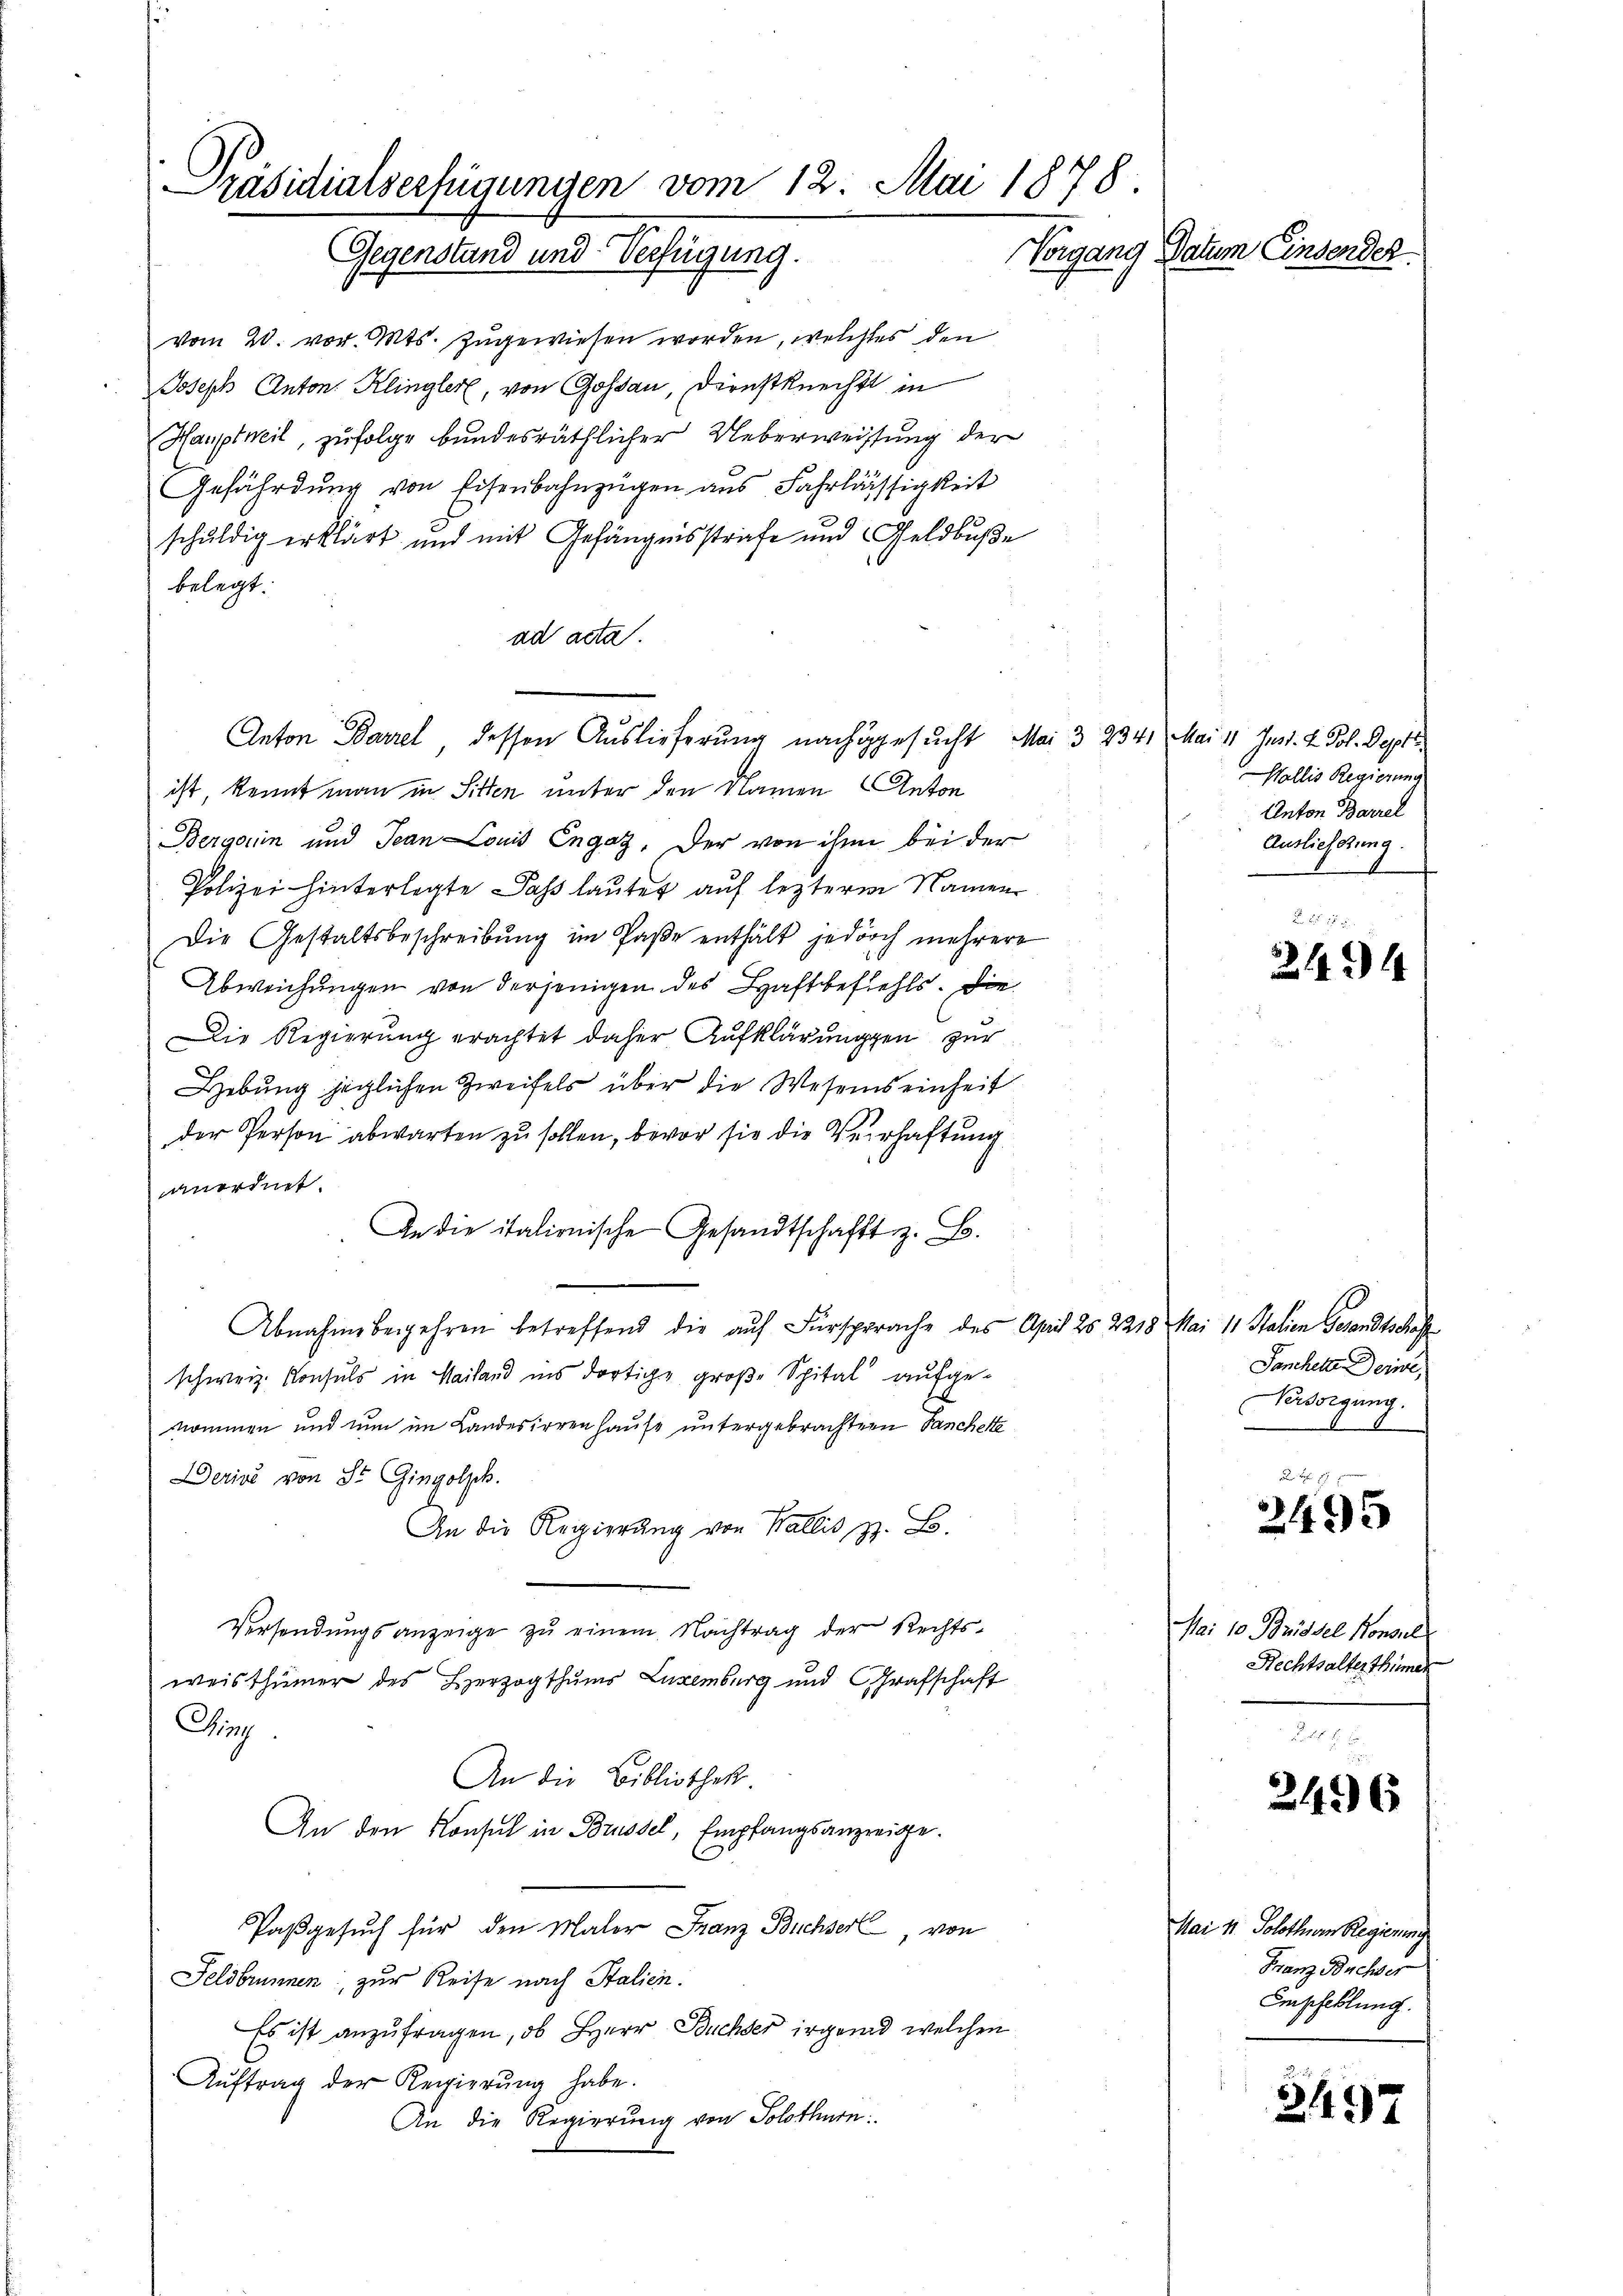
Präsidialserfügungen vom 12. Mai 1878.
Vorgang Datum Einsender
Gegenstand und Verfügung.

vom 20. vor. Mts. zugewiesen worden, welches den
Joseph Anton. Klingler, von Gossau, Dienstknecht in
Hauptweil, zufolge bundesräthlicher Ueberweissung der
Gefährdung von Eisenbahnzügen aus Fahrlässigkeit
schuldig erklärt und mit Gefängnisstrafe und Geldbuße
belegt:
ad acta.
ist, kennt man in Sitten unter den Namen Anton
Bergan und Jean Louis Engaz. Der von ihn bei der
Polizei hinterlegte daß lautet auf lezterm Namen
Die Gestaltsbeschreibung im Paße enthält jedoch mehrere
Abweichungen von derjenigen des Haftbefehls. Die
Die Regierung erachtet daher Aufklärungen zur
Hebung jeglichen Zweifels über die Wesens einheit
der Person abwarten zu sollen, bevor sie die Verhaftung
anordnet.
An die italienische Gesandtschafft z. B.
Abnahme begehren betreffend die auf Fürsprache des April 25 2218 Mai 11 Stalien Gesandtschaff
schweiz. Konsuls in Mailand ins dortige große Spital aufgenommen und nun im Landesirrenhause untergebrachtern Fancherte
Derins von St. Gingolzk.
An die Regierung von Wallis, z. B.
Versendŭngsanzeige zŭ einem Nachtrag der Rechts-
weisthümer des Herzogthums Luxenburg und Grafschaft
Chig.
An die Bibliothek.
An den Konsul in Brüssel, Empfangsanzeige.
Pasgesuch für den Maler Franz Buchserl, von
Feldbrunnen, zur Reise nach Stalien.
Es ist anzufragen, ob Herr Buchser irgend welchen
Aŭftrag der Regierŭng habe.
An die Regierung von Solothurn

Anton Barzel dessen Auslieferung nachgesucht. Mai 3 234.

Mai 11. Juss. L. Pol. Depti
Wallis Regierung
Anton Barrel
Auslieferung.

24

Panchette Deine,
Versorgung.

A B
2405

Mai 10 Prissel Konsul
Rechtsalterthümer

246

Mai 11. Solothurn Regierung
Franz Buchser
Empfehlung.

3497